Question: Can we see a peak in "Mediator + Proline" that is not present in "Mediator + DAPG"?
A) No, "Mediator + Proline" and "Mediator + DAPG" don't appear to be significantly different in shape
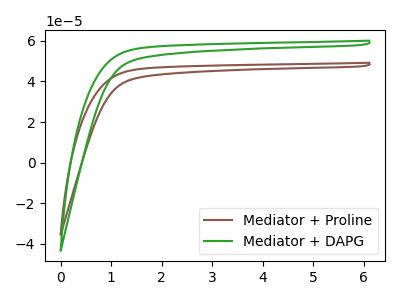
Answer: <think>The brown curve "Mediator + Proline" has no peaks. The green curve "Mediator + DAPG" has no peaks.
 Neither "Mediator + Proline" or "Mediator + DAPG" have any peaks.</think>
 <answer>A) No, "Mediator + Proline" and "Mediator + DAPG" don't appear to be significantly different in shape</answer>
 <eval>A</eval>